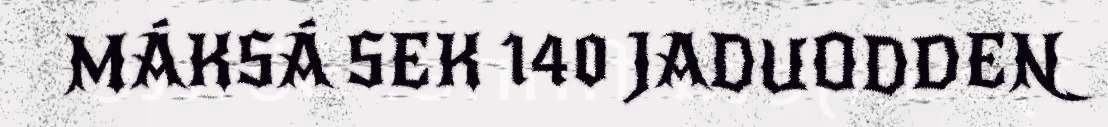
MÁKSÁ SEK 140 JADUODDEN